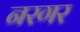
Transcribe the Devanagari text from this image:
नरगर